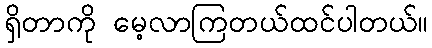
ရှိတာကို မေ့လာကြတယ်ထင်ပါတယ်။